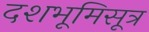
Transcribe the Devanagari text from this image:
दशभूमिसूत्र